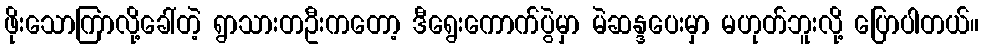
ဖိုးသောကြာလို့ခေါ်တဲ့ ရွာသားတဦးကတော့ ဒီရွေးကောက်ပွဲမှာ မဲဆန္ဒပေးမှာ မဟုတ်ဘူးလို့ ပြောပါတယ်။